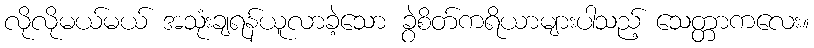
လိုလိုမယ်မယ် အသုံးချရန်ယူလာခဲ့သော ခွဲစိတ်ကရိယာများပါသည့် သေတ္တာကလေး။